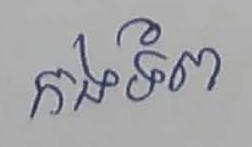
កងទ័ព